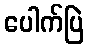
ပေါက်ပြဲ